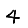
Digit: 4